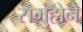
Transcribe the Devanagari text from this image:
समुहोने